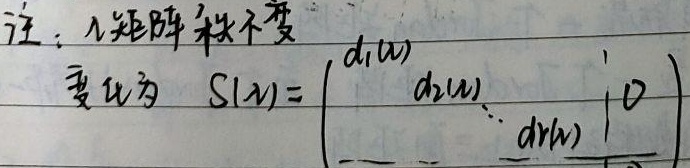
注：$\lambda$矩阵秩不变变化为
\[S(\lambda)=\begin{pmatrix}
d_1(\lambda) & & & 0 \\
 & d_2(\lambda) & & \\
 & & \ddots & \\
 & & & d_r(\lambda) \\
\hline
 & & & & 0
\end{pmatrix}\]